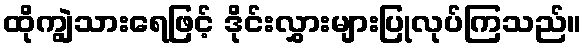
ထိုကျွဲသားရေဖြင့် ဒိုင်းလွှားများပြုလုပ်ကြသည်။